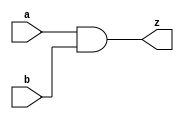
module and_1b(a, b, z);
  input a, b;
  output z;
  
  assign z = a & b;
endmodule